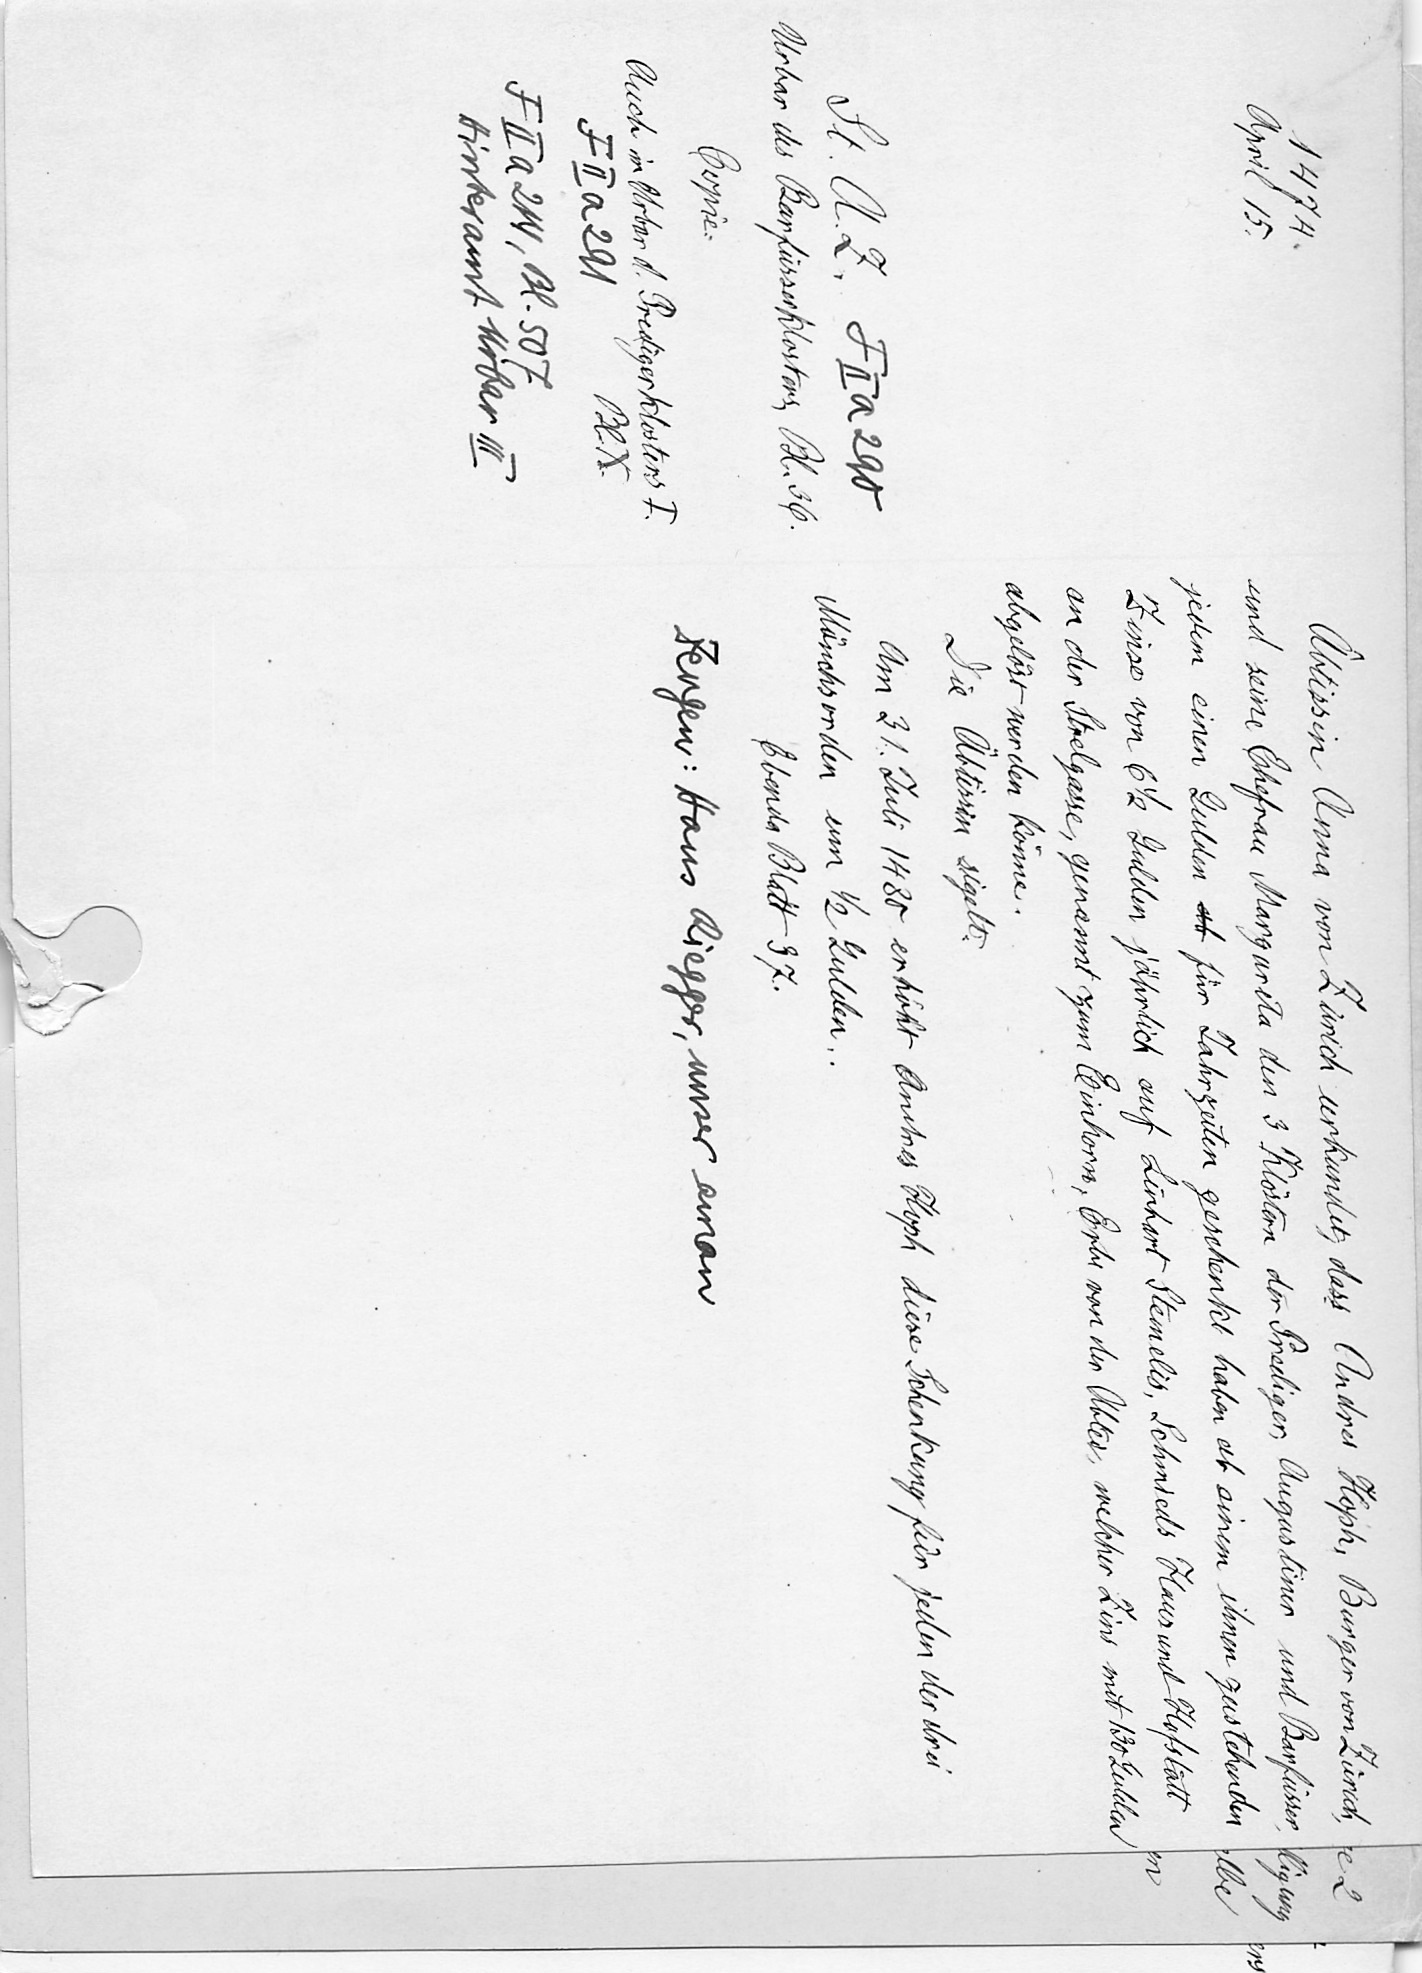
Äbtissin Anna von Zürich urkundet, dass Andres Hoph, Burger von Zürich,
und seine Ehefrau Margareta den 3 Klöstern der Prediger, Augustiner und Barfüsser,
jedem einen Gulden ab für Jahrzeiten geschenkt haben ab einem ihnen zustehenden
Zinse von 6 1/2 Gulden jährlich auf Linhart Stemelis, Schmieds Haus und Hofstatt
an der Strelgasse, genannt zum Einhorn, Erbe von der Abtei, welcher Zins mit 130 Gulden
abgelöst werden könne.
Die Äbtissin sigelt.
Am 31. Juli 1480 erhöht Andres Hoph diese Schenkung für jeden der drei
Mönchsorden um 1/2 Gulden.
Ebenda Blatt 37.
Zeugen: Hans Riegger, unser aman

1474.
April 15.
St. A. Z. F II a 290
Urbar des Barfüsserklosters, Bl. 36.
Copie.
Auch im Urbar d. Predigerklosters I.
Bl. X.
F II a 291
F II a 214, Bl. 507.
Hinteramt Urbar III